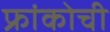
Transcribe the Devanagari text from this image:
फ्रांकोची